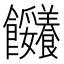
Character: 𩟼